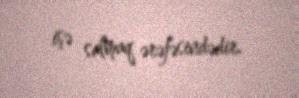
işə salmaq ərəfəsindədir.